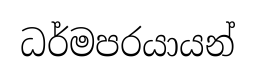
ධර්මපරයායන්